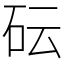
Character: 𥐯